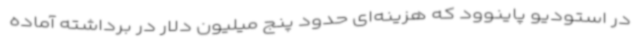
در استودیو پاینوود که هزینه‌ای حدود پنج میلیون دلار در برداشته آماده